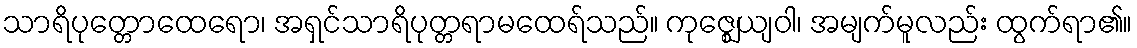
သာရိပုတ္တောထေရော၊ အရှင်သာရိပုတ္တရာမထေရ်သည်။ ကုဇ္ဈေယျဝါ၊ အမျက်မူလည်း ထွက်ရာ၏။